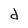
Character: d